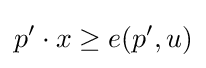
p^{\prime }\cdot x\geq e(p^{\prime },u)